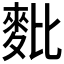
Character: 𪌈